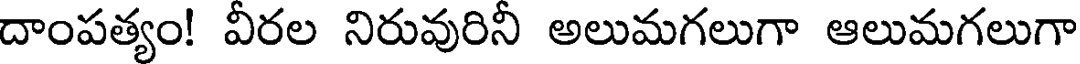
దాంపత్యం! వీరల నిరువురినీ అలుమగలుగా ఆలుమగలుగా